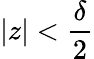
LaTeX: |z|<\frac{\delta}{2}